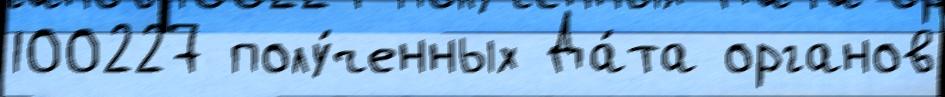
100227 полу́ченных Да́та органов